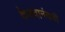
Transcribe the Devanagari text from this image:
केशवानंदजी